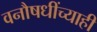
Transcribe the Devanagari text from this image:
वनौषधींच्याही